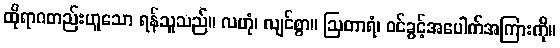
ထိုရာဂတည်းဟူသော ရန်သူသည်။ လဟုံ၊ လျင်စွာ။ ဩတာရံ၊ ဝင်ခွင့်အပေါက်အကြားကို။